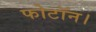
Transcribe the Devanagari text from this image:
फोटॉन।